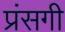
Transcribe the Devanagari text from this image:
प्रंसगी